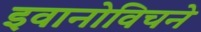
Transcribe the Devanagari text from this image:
इवानोविचने